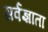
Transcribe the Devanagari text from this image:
सर्वज्ञाता